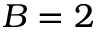
B = 2